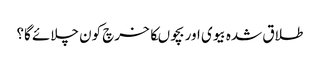
طلاق شدہ بیوی اور بچوںکا خرچ کون چلائے گا؟